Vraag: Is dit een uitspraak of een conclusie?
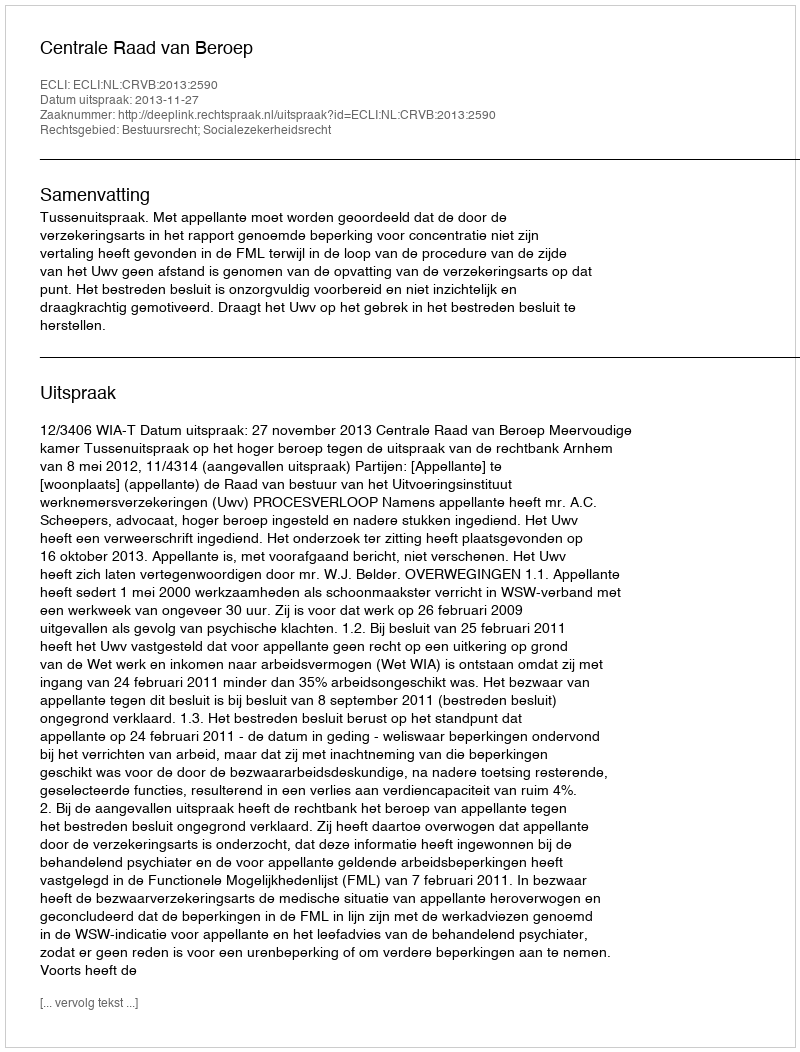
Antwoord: Uitspraak